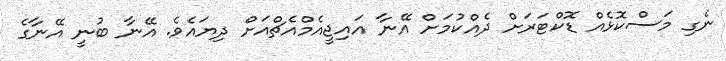
ނެގި މަސްކޮޅެއް ޑޮކްޓަރަަށް ދެއްކުމަށް އޭނާ އައިޖީއެމްއެޗްއަށް ދިޔައެވެ. އޭނާ ބުނީ އޭނާގެ